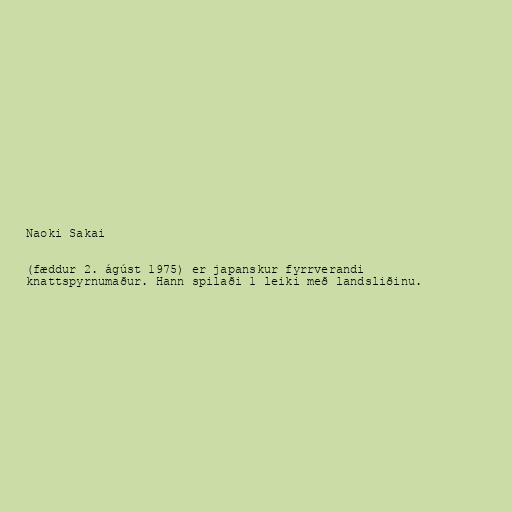
Naoki Sakai

(fæddur 2. ágúst 1975) er japanskur fyrrverandi
knattspyrnumaður. Hann spilaði 1 leiki með landsliðinu.